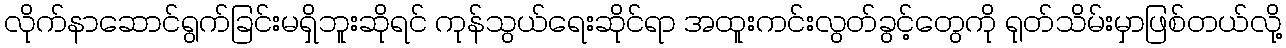
လိုက်နာဆောင်ရွက်ခြင်းမရှိဘူးဆိုရင် ကုန်သွယ်ရေးဆိုင်ရာ အထူးကင်းလွတ်ခွင့်တွေကို ရုတ်သိမ်းမှာဖြစ်တယ်လို့